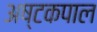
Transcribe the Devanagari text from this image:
अष्टकपाल